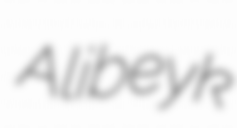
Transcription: Alibeyk